system: You are a helpful assistant.
user:
Analyze the provided spectrum to determine if it is a **Carbon Star (C-type)**.

- **Key Visual Indicators of Carbon Star:**
    - **(Primary):** Strong molecular absorption from **C₂ (diatomic carbon) "Swan Bands."** This is the **defining feature** of a carbon star.
        - **(Key Bandheads):** Sharp absorption edges are visible at approximately $5635$ Å, $5165$ Å (the strongest band), and $4737$ Å.
        - **(Line Profile):** Creates a distinct **"saw-tooth"** pattern. The key morphology is a sharp, steep bandhead on the **red (long-wavelength) side**, which then gradually tapers off (i.e., flux recovers) towards the **blue (short-wavelength) side**. *(This is the direct opposite of the TiO bands seen in M-type stars)*.

    - **(Secondary):** Intense **CN (cyanogen)** molecular absorption bands.
        - **(Key Bandheads):** Located in the blue and violet regions of the spectrum (e.g., near $4215$ Å and $3883$ Å).
        - **(Morphology):** These bands are extremely broad and act as a "blanket," absorbing the vast majority of blue and violet light. This creates a characteristic **"cliff"** or **"steep drop-off"** in the spectrum's flux at short wavelengths.

    - **(Key Confirmation):** Strong **CH absorption band (G-band)**.
        - **(Key Bandhead):** Located around $4300$ Å. The contribution from CH molecules to this band is exceptionally strong.

    - **(Overall Spectrum):**
        - The continuum is severely "chopped up" by these deep molecular bands, especially C₂, rather than appearing as a smooth curve.
        - Due to the heavy CN and C₂ absorption in the blue-green, the vast majority of the star's flux is concentrated in the red part of the spectrum, giving the star its characteristic deep red color.

Think first, call **spectral_visualization_tool** if needed to examine features in detail, then provide your final answer. Your response must adhere to the following strict rules:
1.  **Overall Structure:** Your response must follow the format `<think>...</think> <tool_call>...</tool_call> (if a tool is used) <answer>...</answer>`.
2.  **Tool Usage Constraint:** You may only make **one** tool call per turn.
3.  **Final Answer Format:** In the `<answer>` tag, your conclusion must be inside a `\boxed{}` command (e.g., `\boxed{YES}`), followed by your justification.

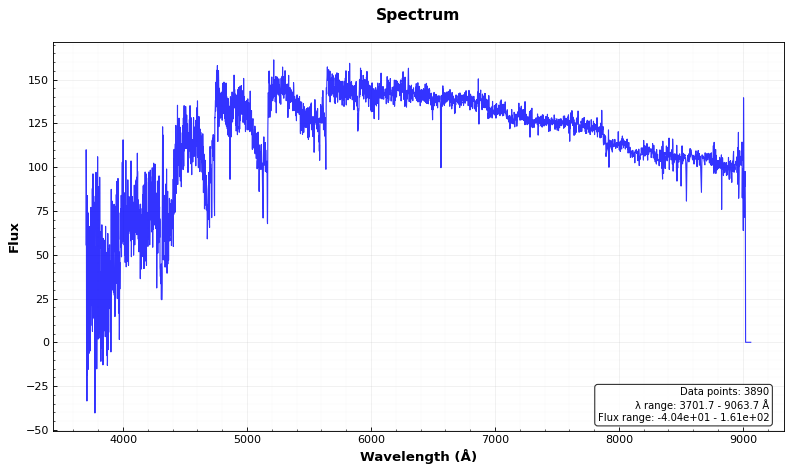
Answer: YES